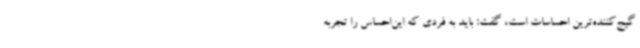
گیج‌کننده‌ترین احساسات است، گفت: باید به فردی که این‌احساس را تجربه